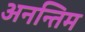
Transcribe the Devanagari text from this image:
अनन्तिम